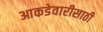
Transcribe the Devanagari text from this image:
आकडेवारीसाठी